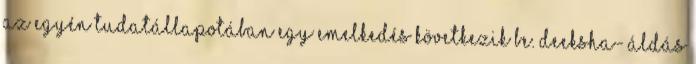
az egyén tudatállapotában egy emelkedés következik be. DEEKSHA- ÁLDÁS